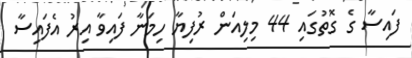
ފައިސާ ގެ ގޮތުގައި 44 މިލިއަން ރުފިޔާ ހިމަނާ ފައިވާ އިރު އެފައިސާ